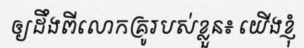
ឲ្យដឹងពីលោកគ្រូរបស់ខ្លួន៖ យើងខ្ញុំ